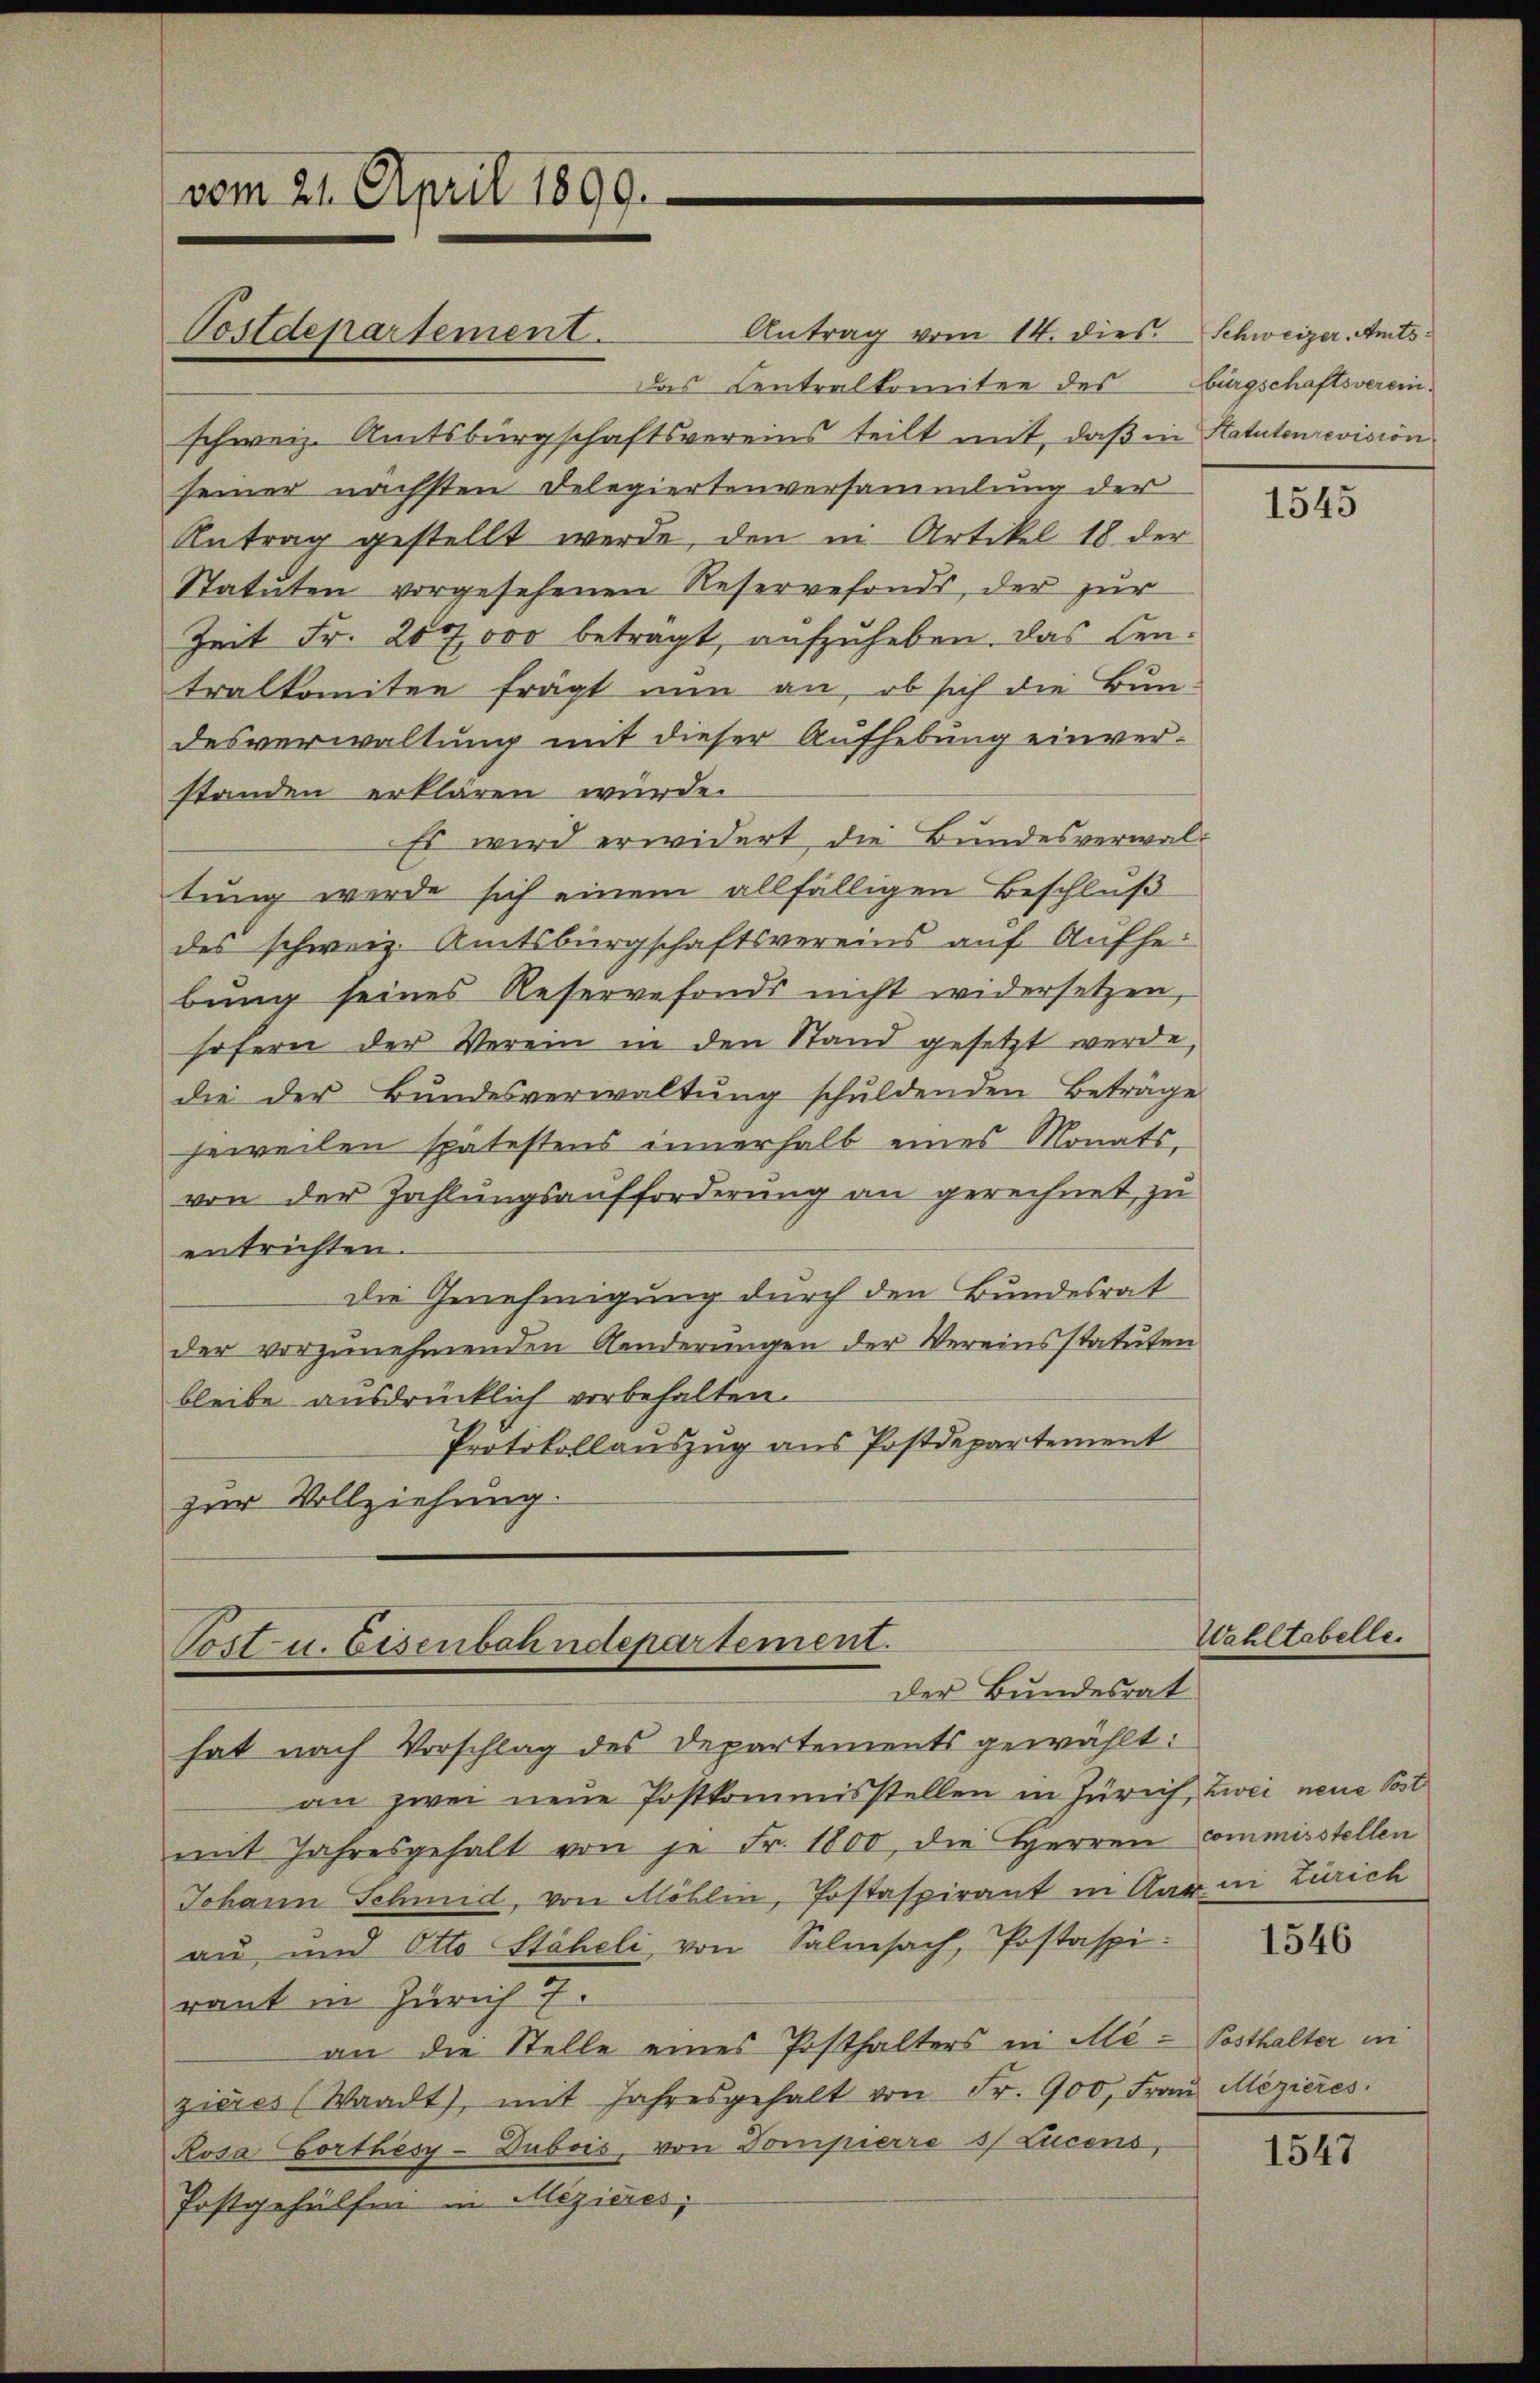
vom 21. April 1899.

Antrag vom 14. dies. Schweizer, Amts¬
Das Centralkomitee des Burgschaftsvereinschweiz. Amtsbürgschaftsvereins teilt mit, daß in Statutenrevision
seiner nächsten Delegiertenversammlung der
Antrag gestellt werde, den in Artikel 18. der
Statuten vorgesehenen Reservefonds, der zur
Zeit Fr. 200,000 beträgt, aufzuheben. Das Centralkomiten frägt nun an, ob sich die Bun-
desverwaltung mit dieser Aufhebung einverstanden erklären würde.
Es wird erwidert, die Bundesverwaltung werde sich einem allfälligen Beschluß
des schweiz. Amtsbürgschaftsvereins auf Aufhebung seines Reservefonds nicht widersetzen,
sofern der Verein in den Stand gesetzt werde,
die der Bundesverwaltŭng schuldenden Beträge
jeweilen spätestens innerhalb eines Monats-
von der Zahlungsaufforderung an gerechnet, zu
entrichten.
Die Genehmigung durch den Bundesrat
der vorzunehmenden Aenderŭngen der Vereinsstatuten
bleibe ausdrücklich vorbehalten.
Protokollauszug aus Postdepartement
zur Vollziehung.

Postdepartement.

Post- u. Eisenbahndepartement.
der Bundesrat

an zwei neue Postkommisstellen in Zürich, zwei neue Post
mit Jahresgehalt von je Fr. 1800, die Herren Commisstellen
Johann Schmid, von Möhlin, Postaspirant in Aarau Zürich
au und Otto Stäheli von Salisach, Postaspi:
raut in Zürich 7.
an die Stelle eines Posthalters in Ale-Posthalter in
zieres (Waadt, mit Jahresgehalt von Fr. 900, Frau Mezieres.
Rosa Gorthesy-Dubois, von Dompierre s. Lucens,
Postgehülfen in Mezieres,

hat nach Vorschlag des Departements gewählt:

1545

Wahltabelle

1546

1547